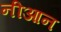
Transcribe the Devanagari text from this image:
नीआन